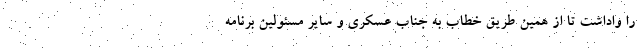
را واداشت تا از همین طریق خطاب به جناب عسکری و سایر مسئولین برنامه